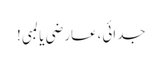
جدائی،عارضی یا لمبی!